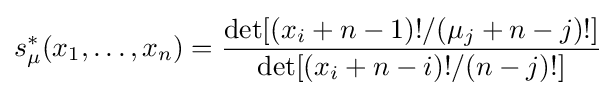
s_{\mu }^{*}(x_{1},\dots ,x_{n})={\frac {\det[(x_{i}+n-1)!/(\mu _{j}+n-j)!]}{\det[(x_{i}+n-i)!/(n-j)!]}}